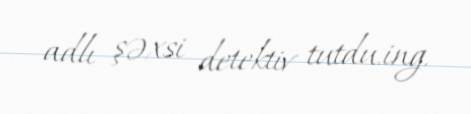
adlı şəxsi detektiv tutdu.ing.